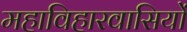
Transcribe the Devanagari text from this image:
महाविहारवासियों